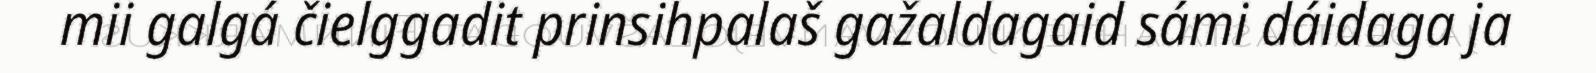
mii galgá čielggadit prinsihpalaš gažaldagaid sámi dáidaga ja